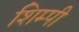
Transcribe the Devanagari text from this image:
शिम्पी